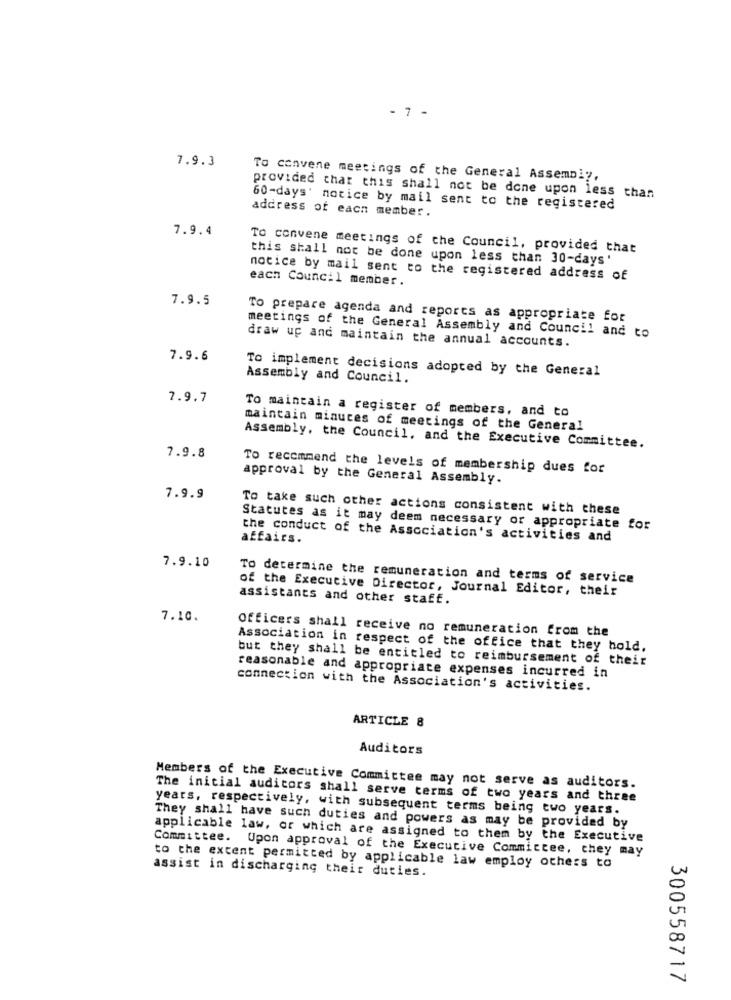
- 7 -
7.9.3
To convene meetings of the General Assembly,
provided that this shall not be done upon less than
60-days' notice by mail sent to the registered
address of each member.
7.9.4
To convene meetings of the Council, provided that
this shall not be done upon less than 30-days'
notice by mail sent to the registered address of
each Council member.
7.9.5
To prepare agenda and reports as appropriate for
meetings of the General Assembly and Council and to
draw up and maintain the annual accounts.
7.9.6
To implement decisions adopted by the General
Assembly and Council.
7.9.7
To maintain a register of members, and to
maintain minutes of meetings of the General
7.9.8
Assembly, the Council, and the Executive Committee.
To recommend the levels of membership dues for
approval by the General Assembly.
7.9.9
To take such other actions consistent with these
Statutes as it may deem necessary or appropriate for
affairs.
the conduct of the Association's activities and
7.9.10
To determine the remuneration and terms of service
of the Executive Director, Journal Editor, their
assistants and other staff.
7.10.
Officers shall receive no remuneration from the
Association in respect of the office that they hold.
but they shall be entitled to reimbursement of their
reasonable and appropriate expenses incurred in
connection with the Association's activities.
ARTICLE 8
Auditors
Members of the Executive Committee may not serve as auditors.
The initial auditors shall serve terms of two years and three
years, respectively, with subsequent terms being two years.
They shall have such duties and powers as may be provided by
applicable law, or which are assigned to them by the Executive
Committee. Upon approval of the Executive Committee, they may
to the extent permitted by applicable law employ others to
assist in discharging their duties.
300558717